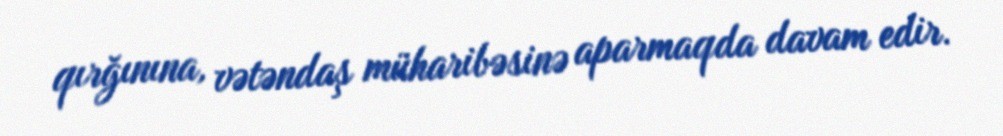
qırğınına, vətəndaş müharibəsinə aparmaqda davam edir.